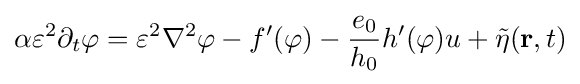
\alpha \varepsilon ^{2}\partial _{t}\varphi =\varepsilon ^{2}\nabla ^{2}\varphi -f'(\varphi )-{\frac {e_{0}}{h_{0}}}h'(\varphi )u+{\tilde {\eta }}({\mathbf {r} },t)